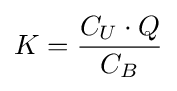
K={\frac {C_{U}\cdot Q}{C_{B}}}